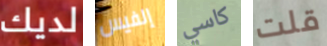
لديك إلفيس كاسي قلت